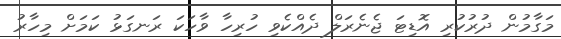
މަގާމުން ދުރުކުރި އޮޑިޓަ ޖެނެރަލް ދެއްކެވި ހުރިހާ ވާހަކަ ރަނގަޅު ކަމަށް މިހާރު